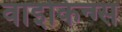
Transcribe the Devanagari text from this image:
वाइकिन्ग्स